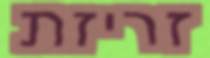
זריזת